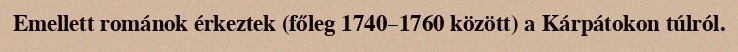
Emellett románok érkeztek (főleg 1740–1760 között) a Kárpátokon túlról.